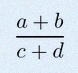
\frac{a+b}{c+d}